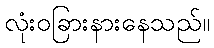
လုံးဝခြားနားနေသည်။